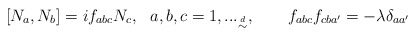
\begin{align*}[N_a,N_b]=if_{abc} N_c,~~a,b,c=1,..._{\buildrel d \over \sim },~~~~~~f_{abc}f_{cba'}=-\lambda \delta_{aa'}\end{align*}